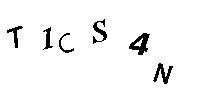
T1CS4N